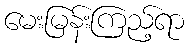
မေးမြန်းကြည့်ရာ